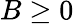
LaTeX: B\geq 0